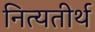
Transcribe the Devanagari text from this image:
नित्यतीर्थ